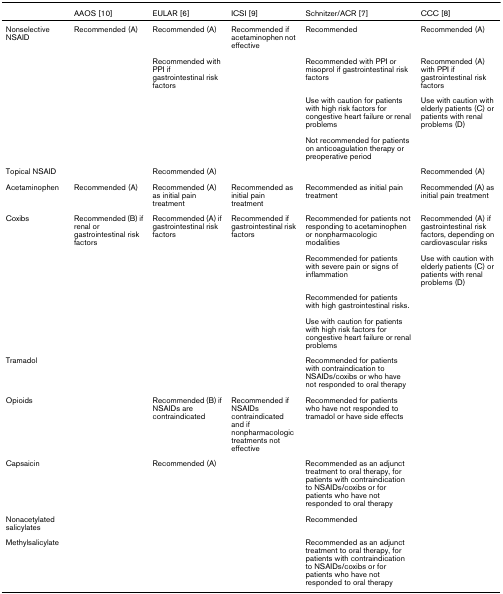
<table><thead><tr><td></td><td><b>AAOS [10]</b></td><td><b>EULAR [6]</b></td><td><b>ICSI [9]</b></td><td><b>Schnitzer/ACR [7]</b></td><td><b>CCC [8]</b></td></tr></thead><tbody><tr><td>Nonselective NSAID</td><td>Recommended (A)</td><td>Recommended (A)</td><td>Recommended if acetaminophen not effective</td><td>Recommended</td><td>Recommended (A)</td></tr><tr><td></td><td></td><td>Recommended with PPI if gastrointestinal risk factors</td><td></td><td>Recommended with PPI or misoprol if gastrointestinal risk factors</td><td>Recommended (A) with PPI if gastrointestinal risk factors</td></tr><tr><td></td><td></td><td></td><td></td><td>Use with caution for patients with high risk factors for congestive heart failure or renal problems</td><td>Use with caution with elderly patients (C) or patients with renal problems (D)</td></tr><tr><td></td><td></td><td></td><td></td><td>Not recommended for patients on anticoagulation therapy or preoperative period</td><td></td></tr><tr><td>Topical NSAID</td><td></td><td>Recommended (A)</td><td></td><td></td><td>Recommended (A)</td></tr><tr><td>Acetaminophen</td><td>Recommended (A)</td><td>Recommended (A) as initial pain treatment</td><td>Recommended as initial pain treatment</td><td>Recommended as initial pain treatment</td><td>Recommended (A) as initial pain treatment</td></tr><tr><td>Coxibs</td><td>Recommended (B) if renal or gastrointestinal risk factors</td><td>Recommended (A) if gastrointestinal risk factors</td><td>Recommended if gastrointestinal risk factors</td><td>Recommended for patients not responding to acetaminophen or nonpharmacologic modalities</td><td>Recommended (A) if gastrointestinal risk factors, depending on cardiovascular risks</td></tr><tr><td></td><td></td><td></td><td></td><td>Recommended for patients with severe pain or signs of inflammation</td><td>Use with caution with elderly patients (C) or patients with renal problems (D)</td></tr><tr><td></td><td></td><td></td><td></td><td>Recommended for patients with high gastrointestinal risks.</td><td></td></tr><tr><td></td><td></td><td></td><td></td><td>Use with caution for patients with high risk factors for congestive heart failure or renal problems</td><td></td></tr><tr><td>Tramadol</td><td></td><td></td><td></td><td>Recommended for patients with contraindication to NSAIDs/coxibs or who have not responded to oral therapy</td><td></td></tr><tr><td>Opioids</td><td></td><td>Recommended (B) if NSAIDs are contraindicated</td><td>Recommended if NSAIDs contraindicated and if nonpharmacologic treatments not effective</td><td>Recommended for patients who have not responded to tramadol or have side effects</td><td></td></tr><tr><td>Capsaicin</td><td></td><td>Recommended (A)</td><td></td><td>Recommended as an adjunct treatment to oral therapy, for patients with contraindication to NSAIDs/coxibs or for patients who have not responded to oral therapy</td><td></td></tr><tr><td>Nonacetylated salicylates</td><td></td><td></td><td></td><td>Recommended</td><td></td></tr><tr><td>Methylsalicylate</td><td></td><td></td><td></td><td>Recommended as an adjunct treatment to oral therapy, for patients with contraindication to NSAIDs/coxibs or for patients who have not responded to oral therapy</td><td></td></tr></tbody></table>